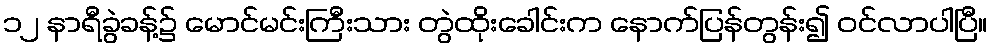
၁၂ နာရီခွဲခန့်၌ မောင်မင်းကြီးသား တွဲထိုးခေါင်းက နောက်ပြန်တွန်း၍ ဝင်လာပါပြီ။